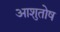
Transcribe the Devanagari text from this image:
अाशुतोष